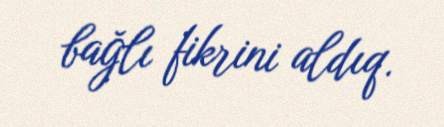
bağlı fikrini aldıq.